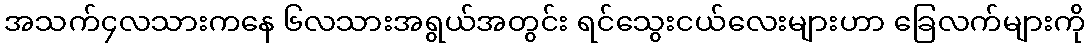
အသက်၄လသားကနေ ၆လသားအရွယ်အတွင်း ရင်သွေးငယ်လေးများဟာ ခြေလက်များကို